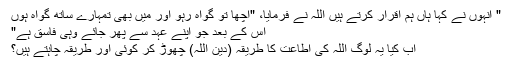
" اُنہوں نے کہا ہاں ہم اقرار کرتے ہیں اللہ نے فرمایا، "اچھا تو گواہ رہو اور میں بھی تمہارے ساتھ گواہ ہوں
اس کے بعد جو اپنے عہد سے پھر جائے وہی فاسق ہے"
اب کیا یہ لوگ اللہ کی اطاعت کا طریقہ (دین اللہ) چھوڑ کر کوئی اور طریقہ چاہتے ہیں؟